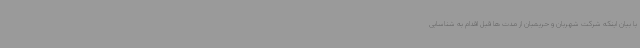
با بیان اینکه شرکت شهربان و حریمبان از مدت ها قبل اقدام به شناسایی